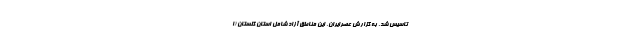
تاسیس شد. به گزارش عصرایران، این مناطق آزاد شامل استان‌ گلستان (ا